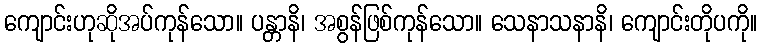
ကျောင်းဟုဆိုအပ်ကုန်သော။ ပန္တာနိ၊ အစွန်ဖြစ်ကုန်သော။ သေနာသနာနိ၊ ကျောင်းတိုပကို။